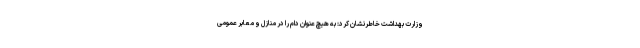
وزارت بهداشت خاطرنشان کرد: به هیچ عنوان دام را در منازل و معابر عمومی